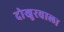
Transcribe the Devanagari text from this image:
दोखुरवाला